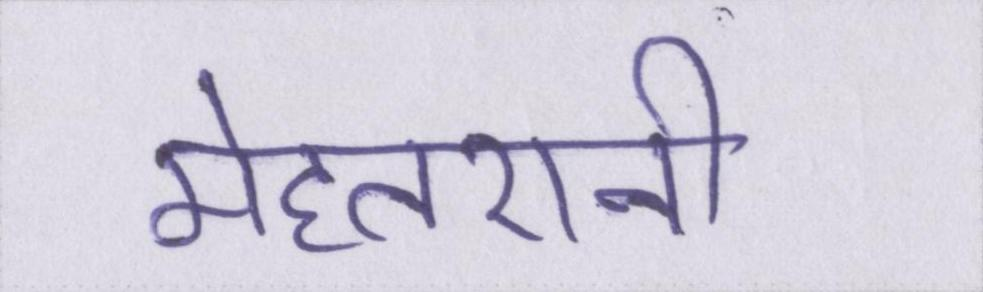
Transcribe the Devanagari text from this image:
मेहतरानी